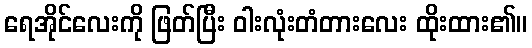
ရေအိုင်လေးကို ဖြတ်ပြီး ဝါးလုံးတံတားလေး ထိုးထား၏။